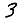
Digit: 3